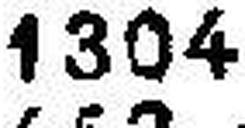
1304